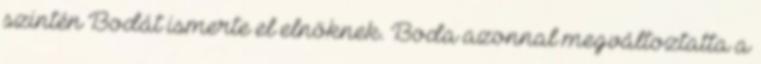
szintén Bodát ismerte el elnöknek. Boda azonnal megváltoztatta a